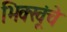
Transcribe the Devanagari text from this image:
भिक्खूंचे